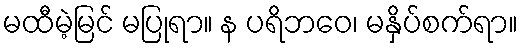
မထီမဲ့မြင် မပြုရာ။ န ပရိဘဝေ၊ မနှိပ်စက်ရာ။